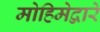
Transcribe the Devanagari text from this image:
मोहिमेद्वारे